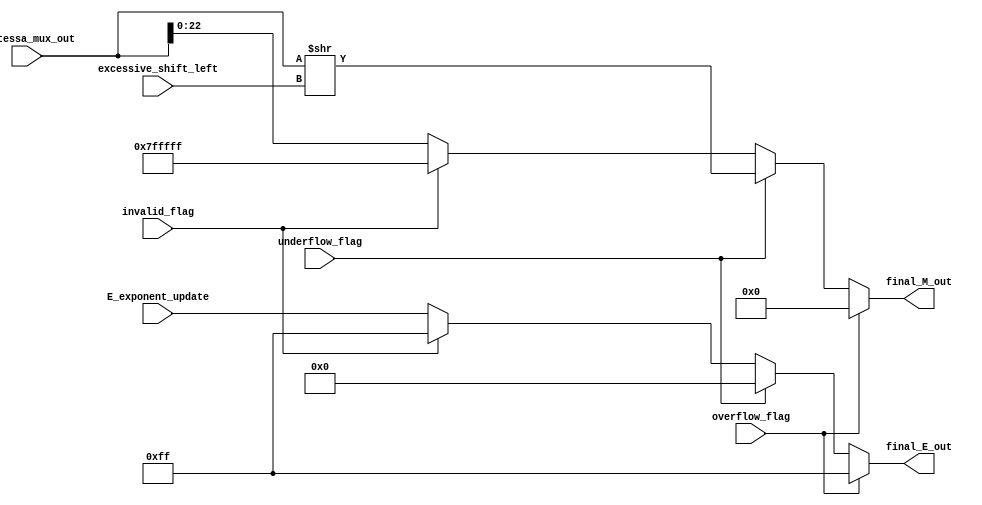
module final_output (
input wire [23:0] mantessa_mux_out ,
input wire [7:0]E_exponent_update,
input wire [9:0]excessive_shift_left,
input wire  overflow_flag , underflow_flag , invalid_flag , 

output	reg [22:0] final_M_out ,
output	reg [7:0] final_E_out 
) ; 
//reg  [7:0] denorm_exactValue;
//internal signals
reg [23:0]internal_mantessa;
always@(*)
begin 
	//denorm_exactValue = required_shift - E_out ;
		if (overflow_flag)
			begin
			internal_mantessa = 0;	
			final_M_out = internal_mantessa[22:0] ;  
			final_E_out = 8'b  1111_1111 ; 
			end 
		else if (underflow_flag)
			begin
			internal_mantessa = mantessa_mux_out >> excessive_shift_left ;
			final_M_out = internal_mantessa[22:0] ;
			final_E_out = 0 ;
			end
		else if (invalid_flag) 
			begin
			internal_mantessa = 23'b 11111_11111_11111_11111_111 ;
			final_M_out = internal_mantessa[22:0] ;
			final_E_out = 8'b 1111_1111 ;
			end 
		else  
			begin
				internal_mantessa= mantessa_mux_out ;
				final_M_out = internal_mantessa[22:0] ;
				final_E_out = E_exponent_update ; 
			end
			
end 

endmodule